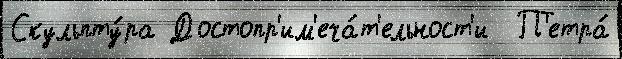
Скульпту́ра Достопр'им'еча́т'ельност'и  П'етра́